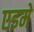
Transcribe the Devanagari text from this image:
एइमे